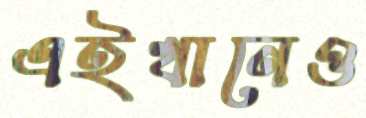
এইখানেও